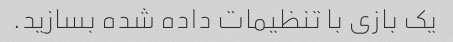
یک بازی با تنظیمات داده شده بسازید.